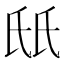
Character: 𬇊